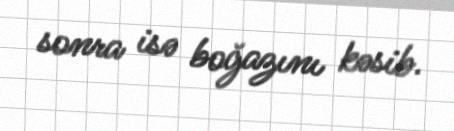
sonra isə boğazını kəsib.